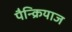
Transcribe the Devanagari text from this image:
पैन्क्रियाज